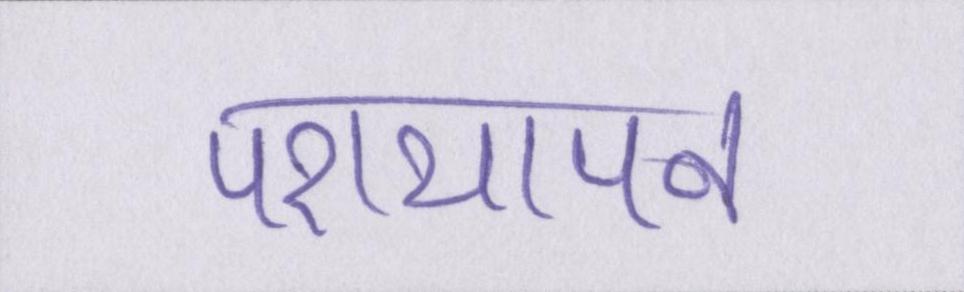
परायापन